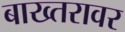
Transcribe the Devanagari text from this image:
बाख्तरावर